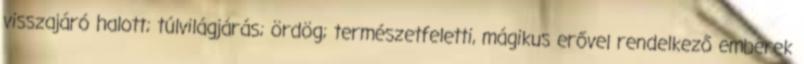
visszajáró halott; túlvilágjárás; ördög; természetfeletti, mágikus erővel rendelkező emberek